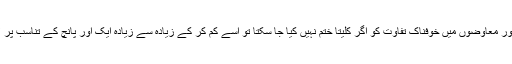
تنخواہوں اور معاوضوں میں خوفناک تفاوت کو اگر کلیتًا ختم نہیں کیا جا سکتا تو اسے کم کر کے زیادہ سے زیادہ ایک اور پانچ کے تناسب پر لایا جائے۔